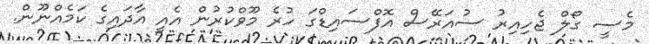
މެސީ ގޯލް ޖެހިއިރު ސުއަރޭސް އޮފްސައިޑްގަ ހުރެ މޫވްކުރުން އެއީ އާދައިގެ ކަމެއްނޫން.